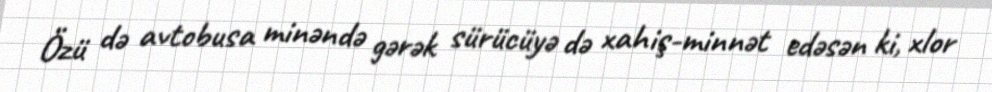
Özü də avtobusa minəndə gərək sürücüyə də xahiş-minnət edəsən ki, xlor